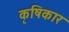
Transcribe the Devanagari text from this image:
कृषिकार